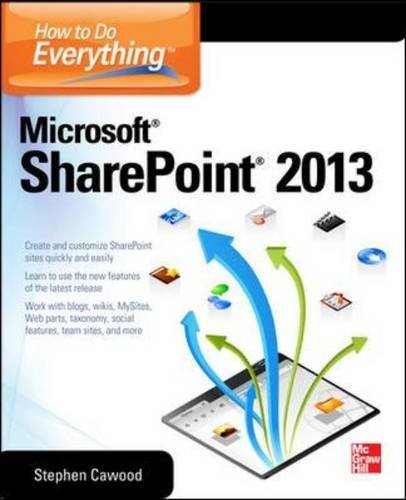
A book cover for How to Do Everything Microsoft SharePoint 2013; Stephen Cawood; Computers & Technology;